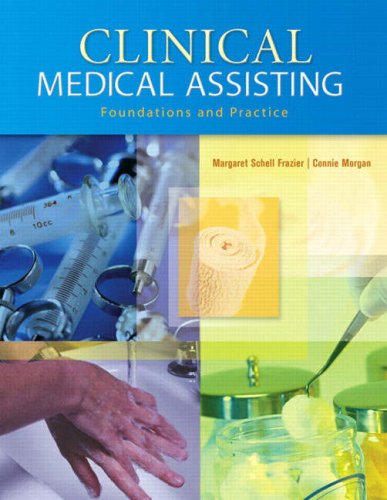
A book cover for Clinical Medical Assisting: Foundations and Practice; Margaret Sc Frazier; Medical Books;